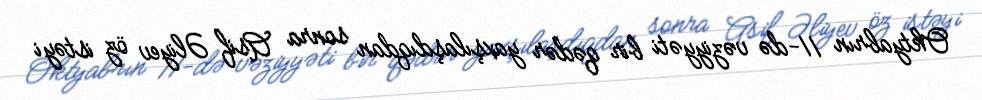
Oktyabrın 11-də vəziyyəti bir qədər yaxşılaşdıqdan sonra Asif Əliyev öz istəyi